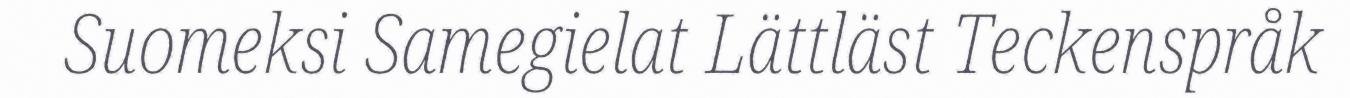
Suomeksi Samegielat Lättläst Teckenspråk